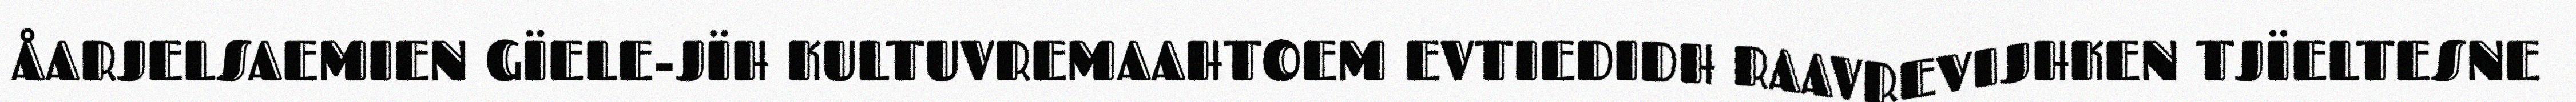
ÅARJELSAEMIEN GÏELE-JÏH KULTUVREMAAHTOEM EVTIEDIDH RAAVREVIJHKEN TJÏELTESNE